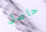
حاصل